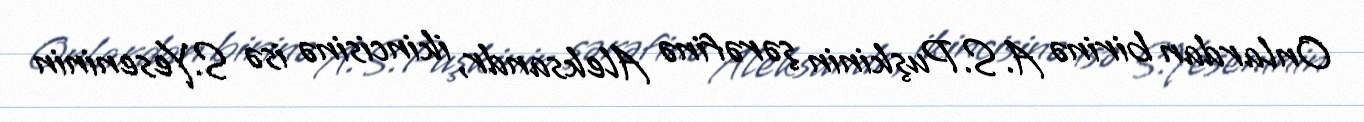
Onlardan birinə A.S.Puşkinin şərəfinə Aleksandr, ikincisinə isə S.Yeseninin